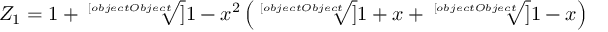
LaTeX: Z _ { 1 } = 1 + { \sqrt [ [object Object] ] { 1 - x ^ { 2 } } } \left( { \sqrt [ [object Object] ] { 1 + x } } + { \sqrt [ [object Object] ] { 1 - x } } \right)